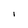
Character: i